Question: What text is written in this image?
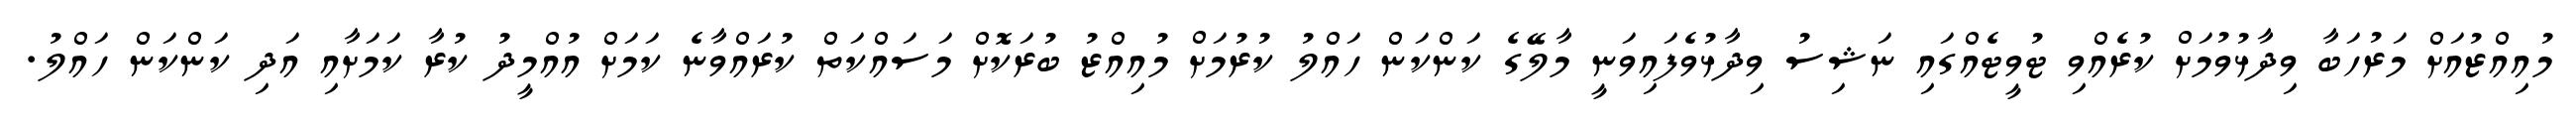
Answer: މުއިއްޒުއަށް މަރުހަބާ ވިދާޅުވުމަށް ކުރެއްވި ޓުވީޓެއްގައި ނަޝިސު ވިދާޅުވެފައިވަނީ މާލޭގެ ކަންކަން ހައްލު ކުރުމަށް މުއިއްޒު ބުރަކޮށް މަސައްކަތް ކުރައްވާނެ ކަމަށް އުއްމީދު ކުރާ ކަމަށާއި އަދި ކަންކަން ހައްލު.